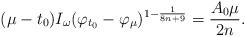
LaTeX: \begin{align*} (\mu-t_0) I_{\omega} ( \varphi_{t_0}-\varphi_\mu)^{1-\frac{1}{8n+9}}=\frac{A_0\mu}{2n}.\end{align*}